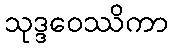
သုဒ္ဒဝေဿိကာ